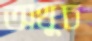
অথুচ